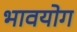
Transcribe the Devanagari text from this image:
भावयोग